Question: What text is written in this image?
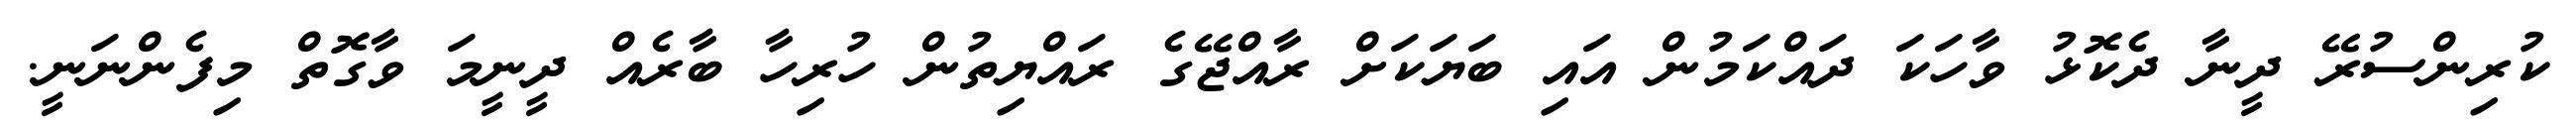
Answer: ކުރިންސުރޭ ދީނާ ދެކޮޅު ވާހަކަ ދައްކަމުން އައި ބަޔަކަށް ރާއްޖޭގެ ރައްޔިތުން ހުރިހާ ބާރެއް ދީނީމަ ވާގޮތް މިފެންނަނީ.